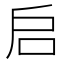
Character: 启